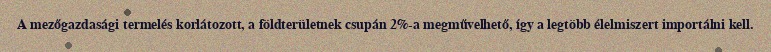
A mezőgazdasági termelés korlátozott, a földterületnek csupán 2%-a megművelhető, így a legtöbb élelmiszert importálni kell.